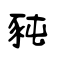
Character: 豘